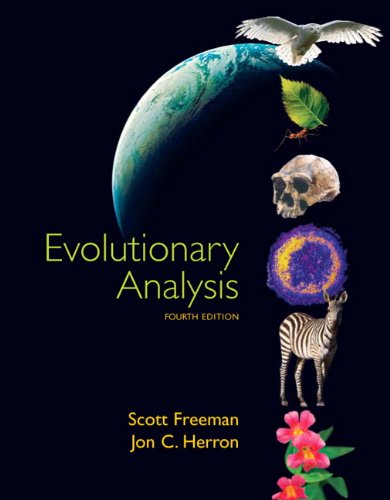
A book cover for Evolutionary Analysis; Scott Freeman; Science & Math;